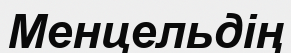
Менцельдің